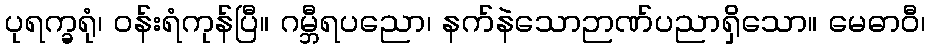
ပုရက္ခရုံ၊ ဝန်းရံကုန်ပြီ။ ဂမ္ဘီရပညော၊ နက်နဲသောဉာဏ်ပညာရှိသော။ မေဓာဝီ၊